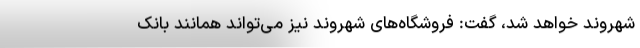
شهروند خواهد شد، گفت: فروشگاه‌های شهروند نیز می‌تواند همانند بانک